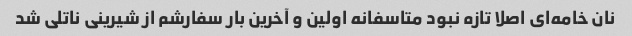
نان خامه‌ای اصلا تازه نبود متاسفانه اولین و آخرین بار سفارشم از شیرینی ناتلی شد